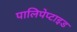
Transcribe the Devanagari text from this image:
पालिपेप्टाइड